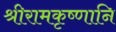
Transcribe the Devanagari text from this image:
श्रीरामकृष्णानि